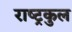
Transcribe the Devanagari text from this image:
राष्‍ट्रकुल